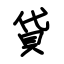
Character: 貸